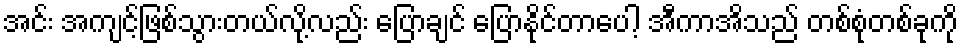
အင်း အကျင့်ဖြစ်သွားတယ်လို့လည်း ပြောချင် ပြောနိုင်တာပေါ့ အီကာအိသည် တစ်စုံတစ်ခုကို